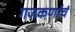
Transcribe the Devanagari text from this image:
गजकर्णाचं